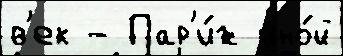
в'ек - Пар'и́ж ино́й